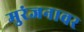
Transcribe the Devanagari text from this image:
मुरंजनावर